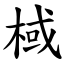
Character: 棫